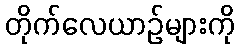
တိုက်လေယာဉ်များကို